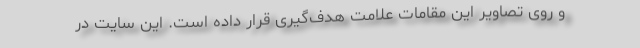
و روی تصاویر این مقامات علامت هدف‌گیری قرار داده است. این سایت در